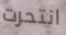
انتحرت